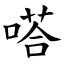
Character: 嗒